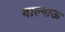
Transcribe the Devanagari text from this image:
वाल्गाऊ